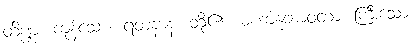
တိဏ္ဏံ၊ ကုန်သော။ ရတနာနံ၊ တို့၏။ မဟာနုဘာဝတာ၊ ကြီးသော